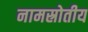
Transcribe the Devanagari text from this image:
नामस्रोतीय